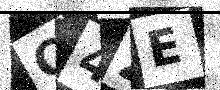
Text: C4ZE